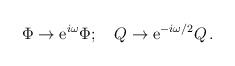
\begin{align*}\Phi \rightarrow {\rm e}^{i\omega} \Phi;~~~Q \rightarrow {\rm e}^{-i\omega /2} Q \, . \end{align*}